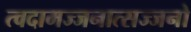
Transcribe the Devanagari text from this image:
त्वदामज्जनात्सज्जनो